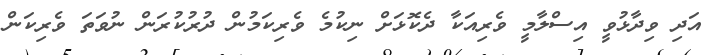
އަދި ވިދާޅުވީ އިސްލާމީ ވެރިއަކާ ދެކޮޅަށް ނިކުމެ ވެރިކަމުން ދުރުކުރަން ނުވަތަ ވެރިކަން